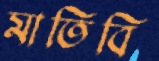
মাতিবি